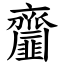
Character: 齏